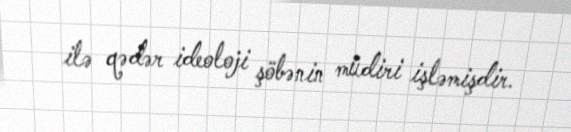
ilə qədər ideoloji şöbənin müdiri işləmişdir.